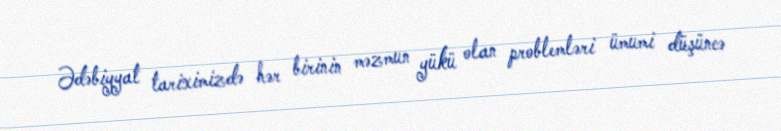
Ədəbiyyat tariximizdə hər birinin məzmun yükü olan problemləri ümumi düşüncə